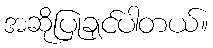
အဆိုပြုချင်ပါတယ်။